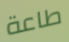
طاعة